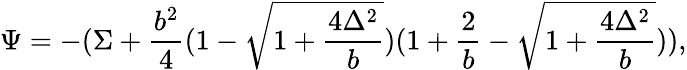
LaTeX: \Psi=-(\Sigma+\frac{b^{2}}{4}(1-\sqrt{1+\frac{4\Delta^{2}}{b}})(1+\frac{2}{b}-\sqrt{1+\frac{4\Delta^{2}}{b}})),